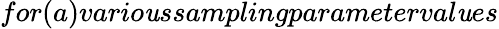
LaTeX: for(a)vario\mathit{u}ssamplingparameterval\mathit{u}es